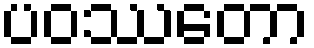
ပဝဿတော